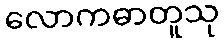
လောကဓာတူသု